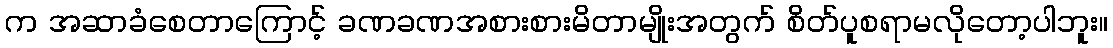
က အဆာခံစေတာကြောင့် ခဏခဏအစားစားမိတာမျိုးအတွက် စိတ်ပူစရာမလိုတော့ပါဘူး။